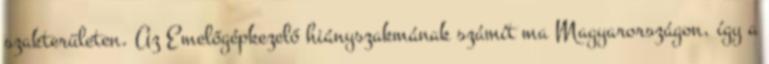
szakterületen. Az Emelőgépkezelő hiányszakmának számít ma Magyarországon, így a